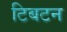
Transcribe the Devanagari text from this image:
टिबटन